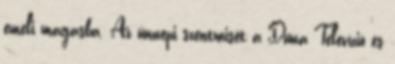
emeli magasba. Az ünnepi szentmisét a Duna Televízió és